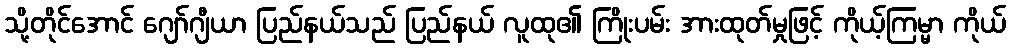
သို့တိုင်အောင် ဂျော်ဂျီယာ ပြည်နယ်သည် ပြည်နယ် လူထု၏ ကြိုးပမ်း အားထုတ်မှုဖြင့် ကိုယ့်ကြမ္မာ ကိုယ်